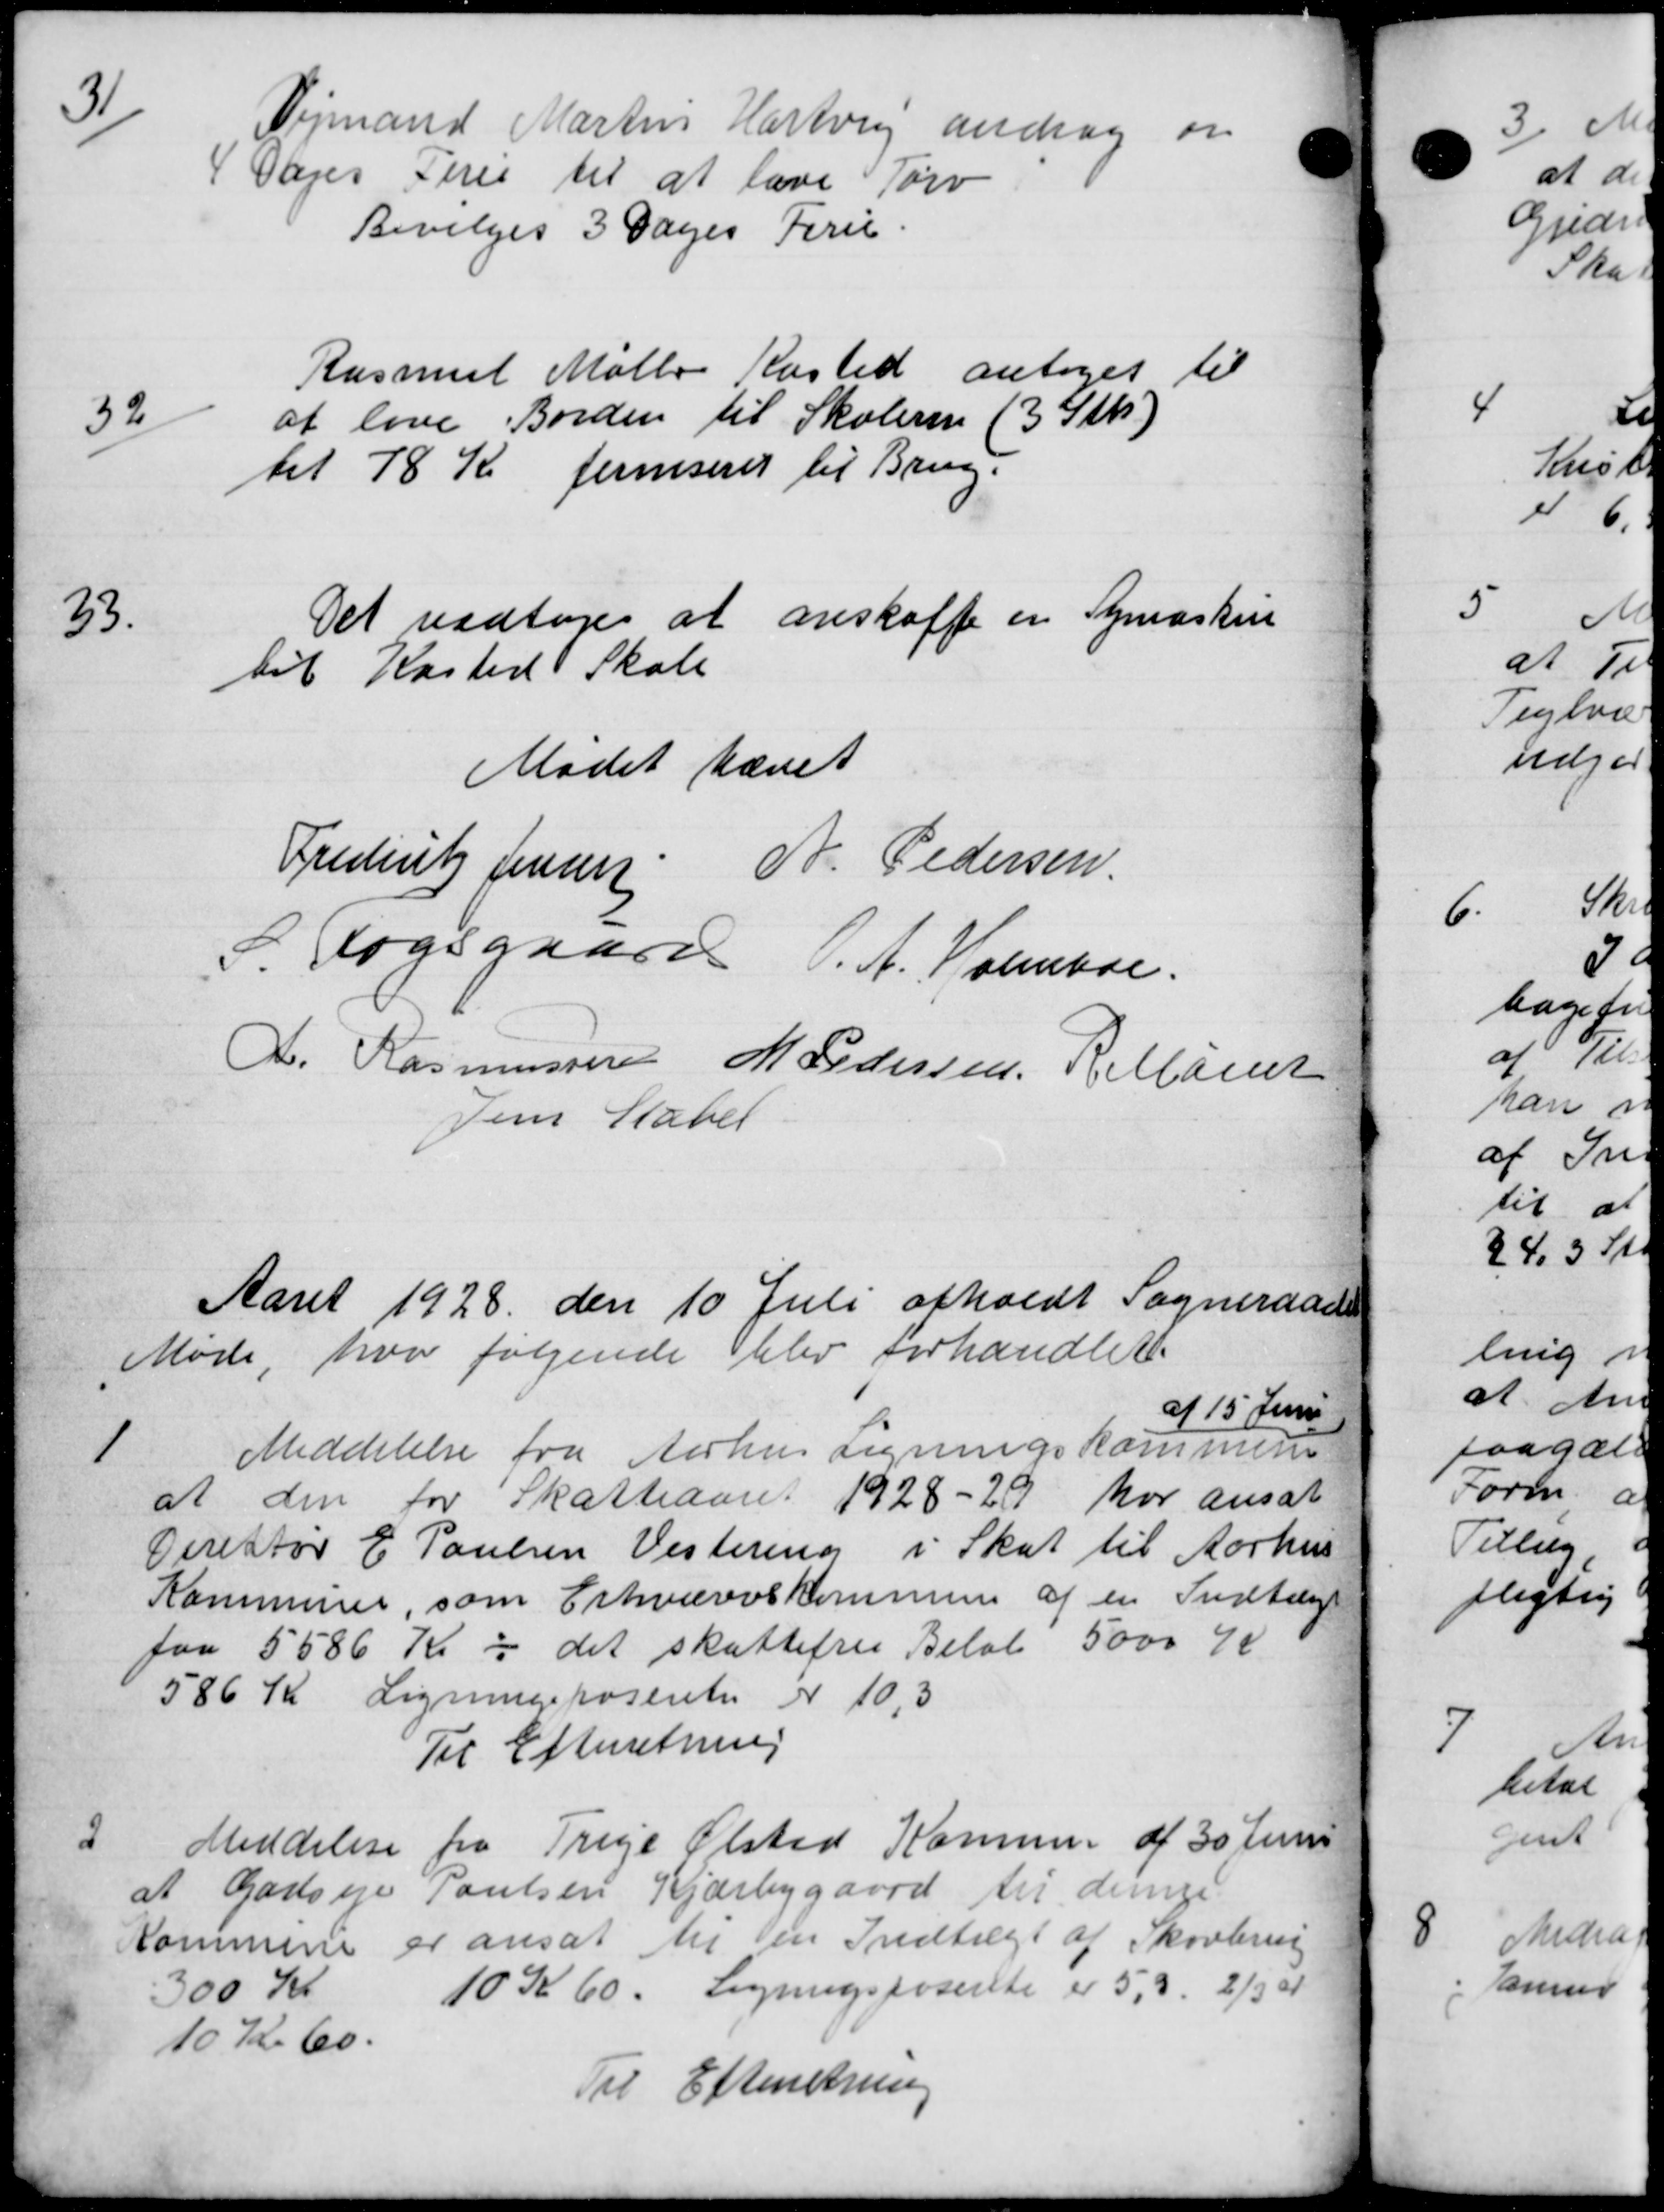
Transskription:
31
Vejmand Martin Hartvig androg om
Dages Teres til at lave Tørv
Bevilges 3 Dages Ferie.
32
Rasmus Mølle Kasted antoges til
af love Borden til Skolerne (3 Stk)
til 78 Kr ferniserer til Brug.

Det vedtoges at anskaffe en Symaskine
til Kasted Skole
Mødet hævet
Frederitz Jensen: A. Pedersen.
S Fogsgaard. A. Holmboe.
A. Rasmussen M Pedersen Aaret
Jens Stabel
Aaret 1928 den 10 Juli afholdt Sogneraads
Møde, hvor følgende blev forhandlet.
af 15 Juni

Meddelelse fra Aarhus Ligningskommune
at den for Skatteaaret 1928-29 har ansat
Direktør E Poulsen Vestering i Skat til Aarhus
Kommune, som Erhvervskommune af en Indtægt
paa 5586 Kr i det skattefri Beløb 5000 K
586 Kr Ligningsposeret er 10,3
Til Efterretning

Meddelese fra Trige Ølsted Komune af 30 Juni
at Godsejer Poulsen Kjærbygaard til dennes
Kommune er ansat til en Indtægt af Skovbrug
300 Kr
10 Kr 60. Ligningsporente er 5.3. 2/3 a
10 Kr 60.
Til Efterretning